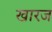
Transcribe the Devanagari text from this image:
खारज